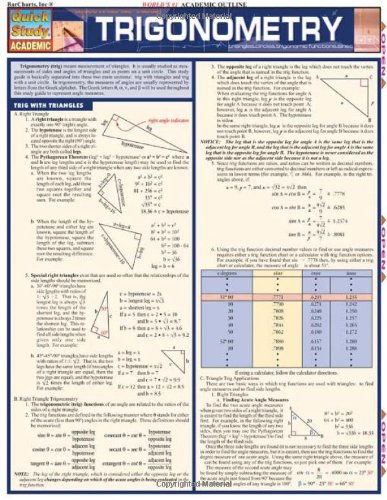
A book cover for Trigonometry (Quickstudy: Academic); Inc. BarCharts; Science & Math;